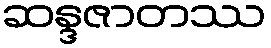
ဆန္ဒဇာတဿ